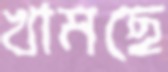
খামছে